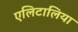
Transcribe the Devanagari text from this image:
एलिटालिया